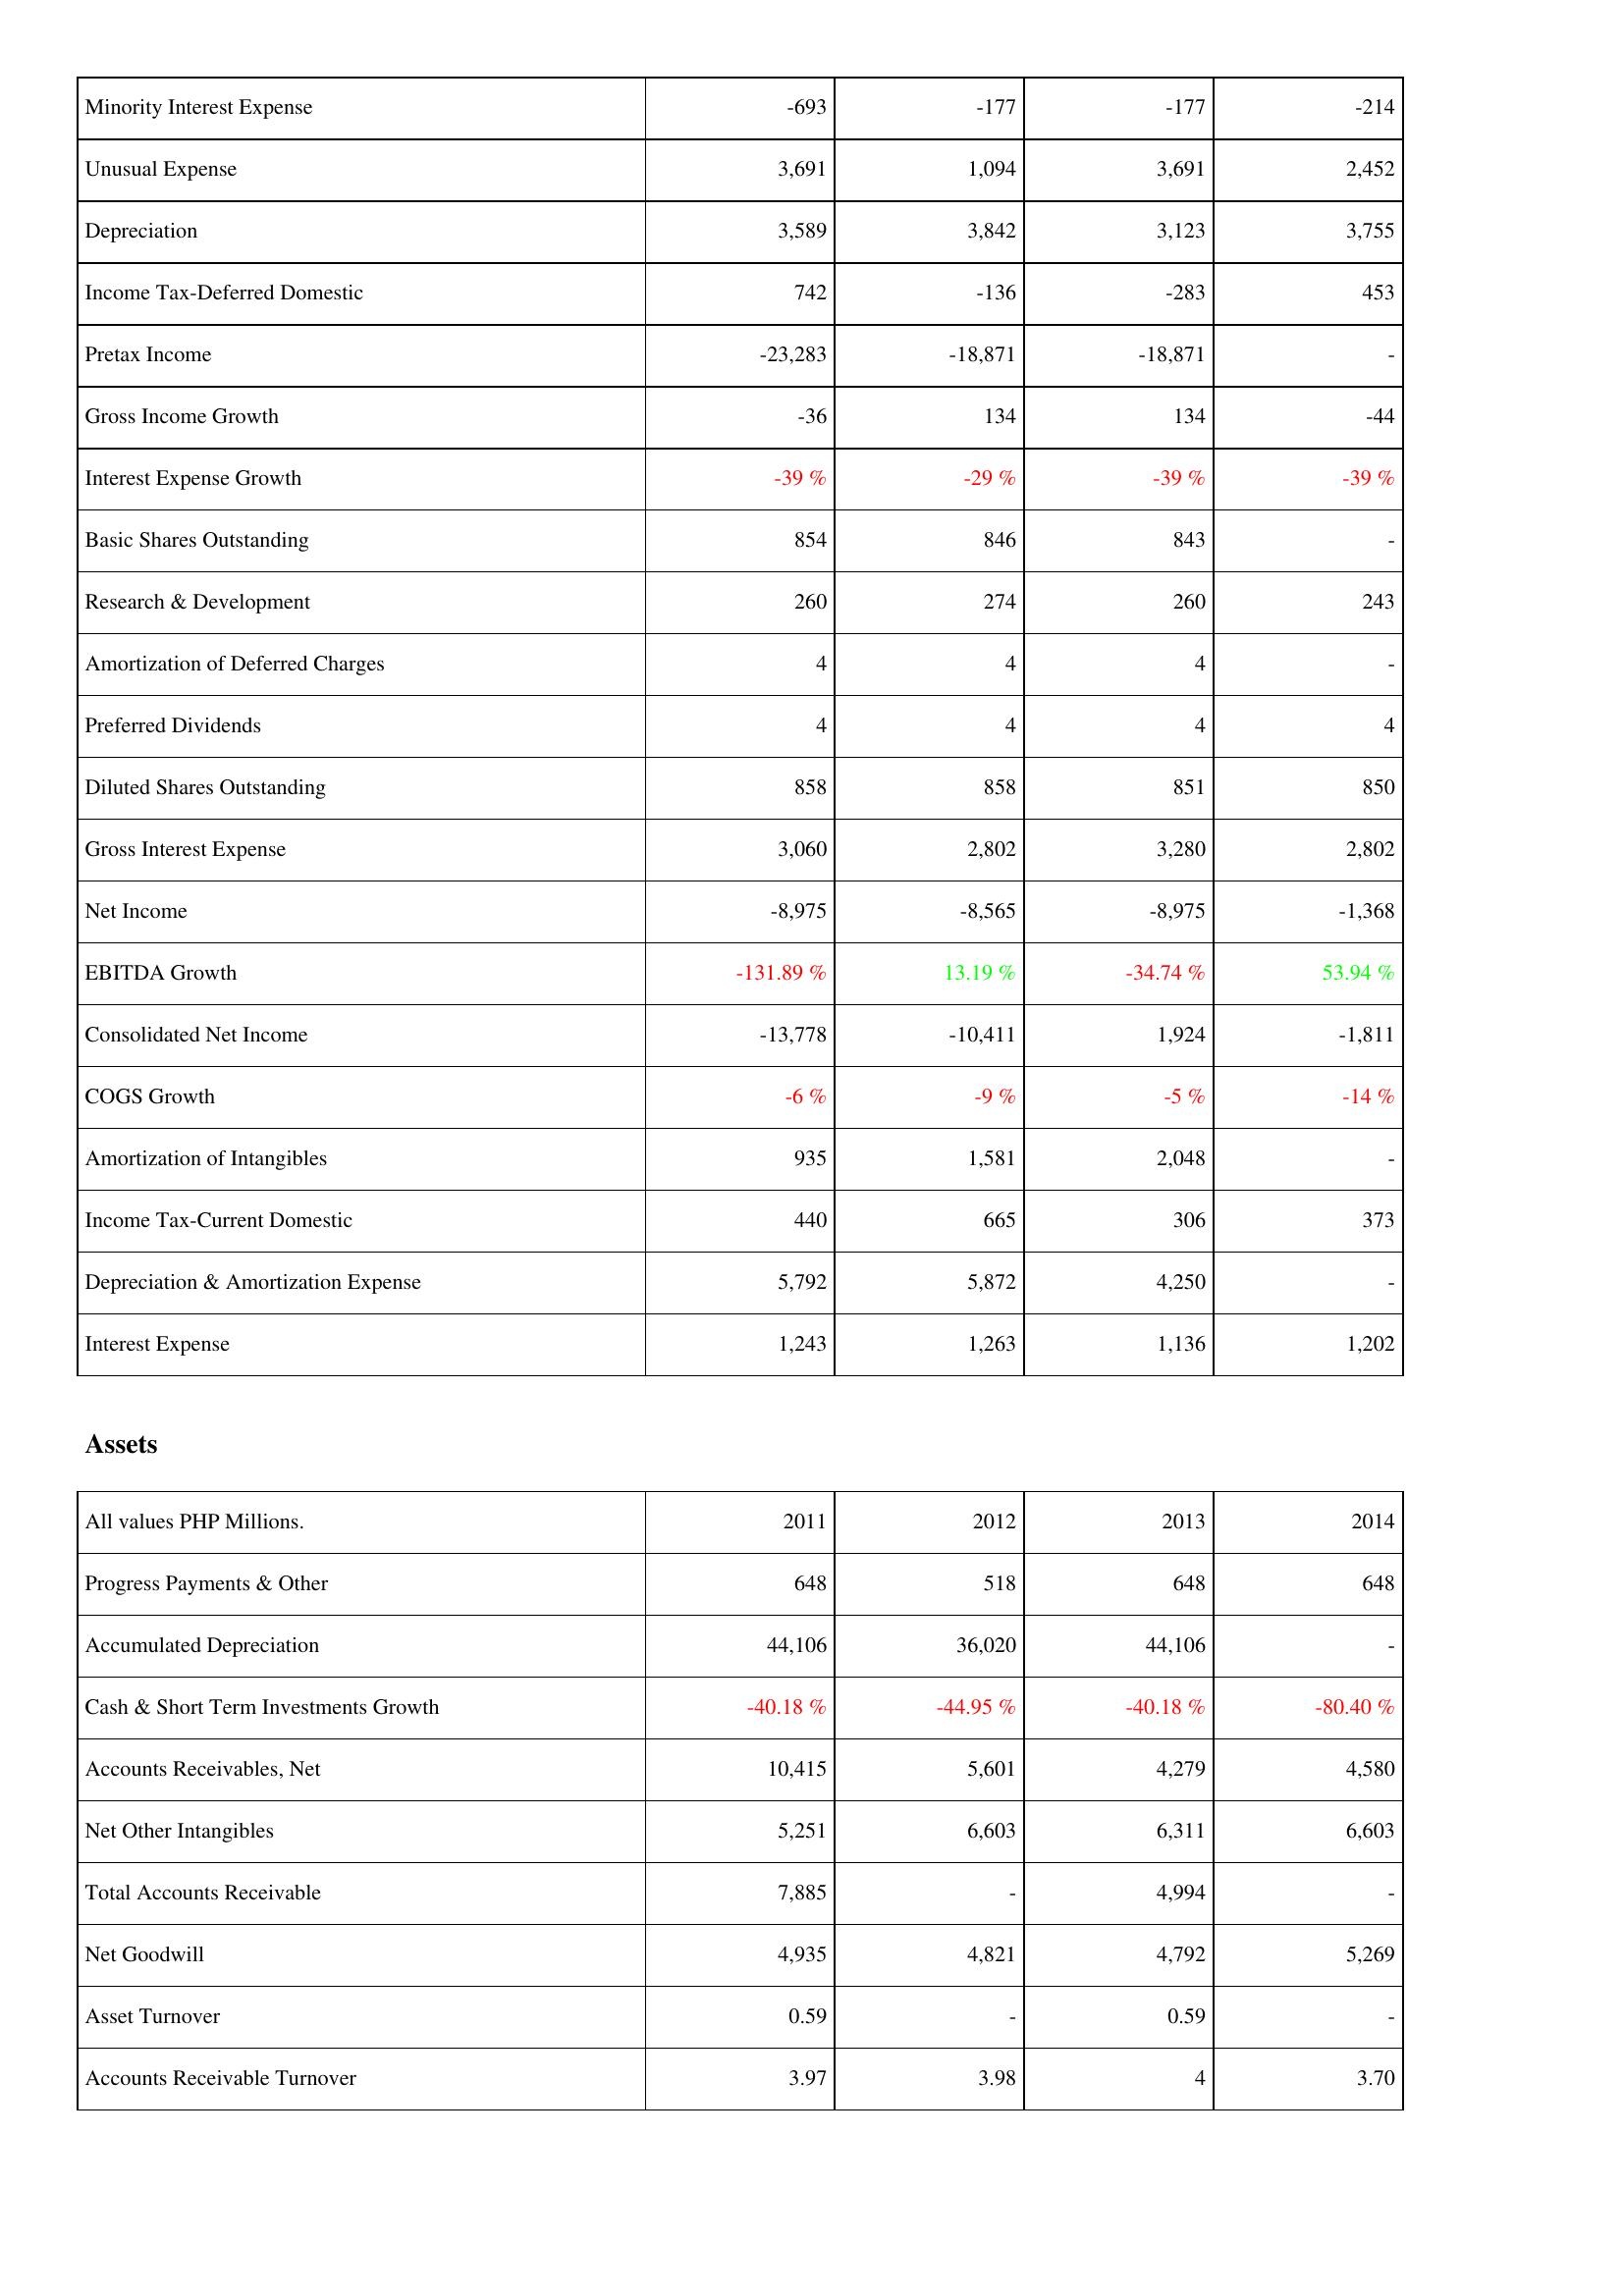
2011: Income Statement: Minority Interest Expense: -693
Unusual Expense: 3,691
Depreciation: 3,589
Income Tax-Deferred Domestic: 742
Pretax Income: -23,283
Gross Income Growth: -36
Interest Expense Growth: -39 %
Basic Shares Outstanding: 854
Research & Development: 260
Amortization of Deferred Charges: 4
Preferred Dividends: 4
Diluted Shares Outstanding: 858
Gross Interest Expense: 3,060
Net Income: -8,975
EBITDA Growth: -131.89 %
Consolidated Net Income: -13,778
COGS Growth: -6 %
Amortization of Intangibles: 935
Income Tax-Current Domestic: 440
Depreciation & Amortization Expense: 5,792
Interest Expense: 1,243
Assets: Progress Payments & Other: 648
Accumulated Depreciation: 44,106
Cash & Short Term Investments Growth: -40.18 %
Accounts Receivables, Net: 10,415
Net Other Intangibles: 5,251
Total Accounts Receivable: 7,885
Net Goodwill: 4,935
Asset Turnover: 0.59
Accounts Receivable Turnover: 3.97
2012: Income Statement: Minority Interest Expense: -177
Unusual Expense: 1,094
Depreciation: 3,842
Income Tax-Deferred Domestic: -136
Pretax Income: -18,871
Gross Income Growth: 134
Interest Expense Growth: -29 %
Basic Shares Outstanding: 846
Research & Development: 274
Amortization of Deferred Charges: 4
Preferred Dividends: 4
Diluted Shares Outstanding: 858
Gross Interest Expense: 2,802
Net Income: -8,565
EBITDA Growth: 13.19 %
Consolidated Net Income: -10,411
COGS Growth: -9 %
Amortization of Intangibles: 1,581
Income Tax-Current Domestic: 665
Depreciation & Amortization Expense: 5,872
Interest Expense: 1,263
Assets: Progress Payments & Other: 518
Accumulated Depreciation: 36,020
Cash & Short Term Investments Growth: -44.95 %
Accounts Receivables, Net: 5,601
Net Other Intangibles: 6,603
Total Accounts Receivable: -
Net Goodwill: 4,821
Asset Turnover: -
Accounts Receivable Turnover: 3.98
2013: Income Statement: Minority Interest Expense: -177
Unusual Expense: 3,691
Depreciation: 3,123
Income Tax-Deferred Domestic: -283
Pretax Income: -18,871
Gross Income Growth: 134
Interest Expense Growth: -39 %
Basic Shares Outstanding: 843
Research & Development: 260
Amortization of Deferred Charges: 4
Preferred Dividends: 4
Diluted Shares Outstanding: 851
Gross Interest Expense: 3,280
Net Income: -8,975
EBITDA Growth: -34.74 %
Consolidated Net Income: 1,924
COGS Growth: -5 %
Amortization of Intangibles: 2,048
Income Tax-Current Domestic: 306
Depreciation & Amortization Expense: 4,250
Interest Expense: 1,136
Assets: Progress Payments & Other: 648
Accumulated Depreciation: 44,106
Cash & Short Term Investments Growth: -40.18 %
Accounts Receivables, Net: 4,279
Net Other Intangibles: 6,311
Total Accounts Receivable: 4,994
Net Goodwill: 4,792
Asset Turnover: 0.59
Accounts Receivable Turnover: 4
2014: Income Statement: Minority Interest Expense: -214
Unusual Expense: 2,452
Depreciation: 3,755
Income Tax-Deferred Domestic: 453
Pretax Income: -
Gross Income Growth: -44
Interest Expense Growth: -39 %
Basic Shares Outstanding: -
Research & Development: 243
Amortization of Deferred Charges: -
Preferred Dividends: 4
Diluted Shares Outstanding: 850
Gross Interest Expense: 2,802
Net Income: -1,368
EBITDA Growth: 53.94 %
Consolidated Net Income: -1,811
COGS Growth: -14 %
Amortization of Intangibles: -
Income Tax-Current Domestic: 373
Depreciation & Amortization Expense: -
Interest Expense: 1,202
Assets: Progress Payments & Other: 648
Accumulated Depreciation: -
Cash & Short Term Investments Growth: -80.40 %
Accounts Receivables, Net: 4,580
Net Other Intangibles: 6,603
Total Accounts Receivable: -
Net Goodwill: 5,269
Asset Turnover: -
Accounts Receivable Turnover: 3.70